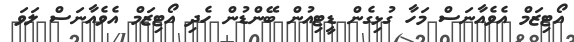
އޯޓިޒަމް އެވެއާނަސް މަހާ ގުޅިގެން ޑީޓިއުން ބޭންޑުން ހެދި އޯޓިޒަމް އެވެއާނަސް ލަވަ